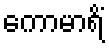
ကောမာရိံ